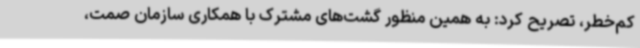
کم‌خطر، تصریح کرد: به همین منظور گشت‌های مشترک با همکاری سازمان صمت،